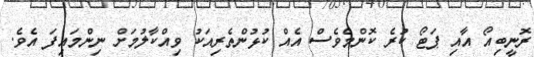
ރޮނީބިއޯ އާއި ޕަޓޯ ކުރެ ކޮންމެވެސް އެއް ކުޅުންތެރިއަކު ވިއްކާލުމަށް ނިންމައިފަ އެވެ.